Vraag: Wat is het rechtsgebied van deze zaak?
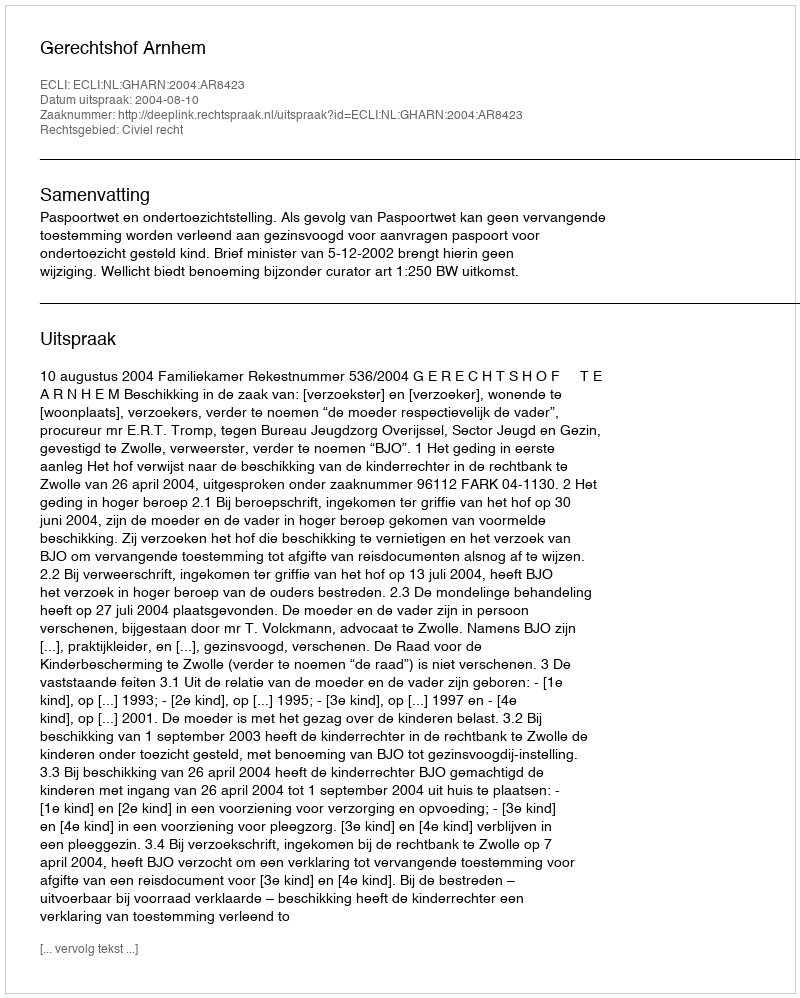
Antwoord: Civiel recht